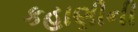
કહાણીની